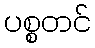
ပစ္စတင်